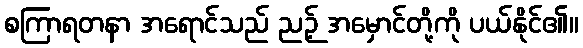
စကြာရတနာ အရောင်သည် ညဉ့် အမှောင်တို့ကို ပယ်နိုင်၏။